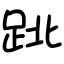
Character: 𨀈